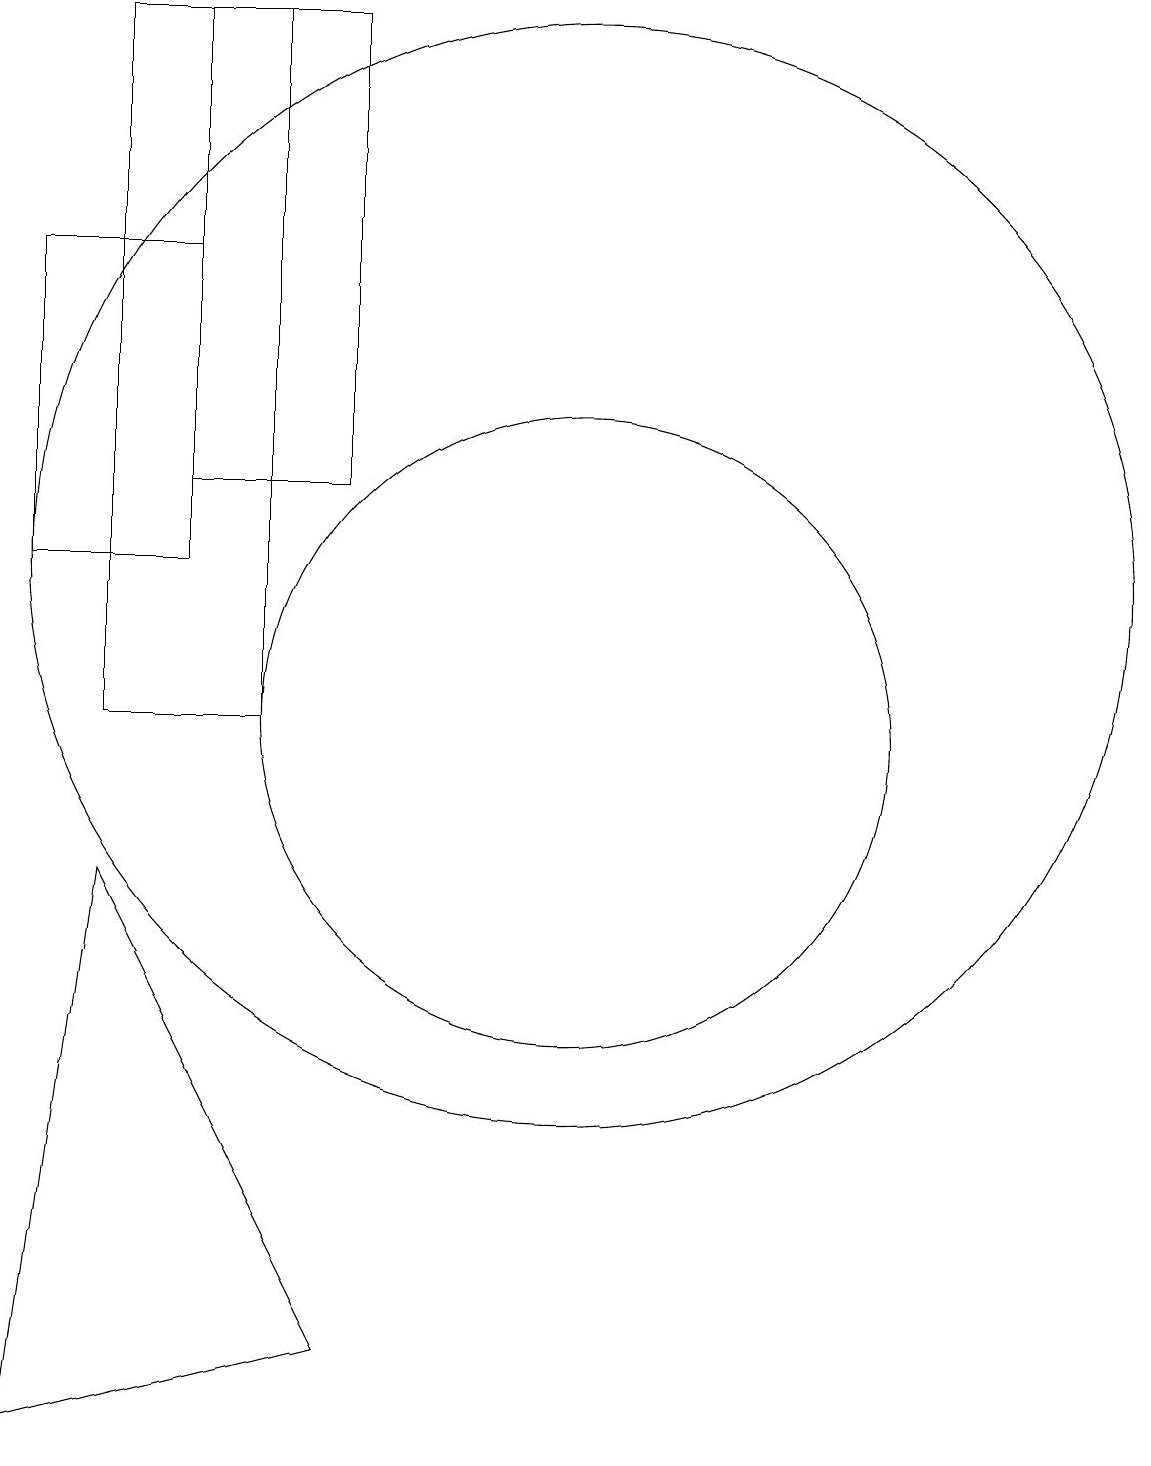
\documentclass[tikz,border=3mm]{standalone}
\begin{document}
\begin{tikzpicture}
\draw (11,12) circle (7);
\draw (7,19) rectangle (5,10);
\draw (8,19) rectangle (6,13);
\draw (11,10) circle (4);
\draw (8,2) -- (5,8) -- (4,1) -- cycle;
\draw (6,16) rectangle (4,12);
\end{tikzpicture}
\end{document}